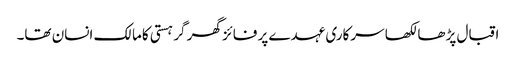
اقبال پڑھا لکھا سرکاری عہدے پر فائز گھر گر ہستی کامالک انسان تھا۔